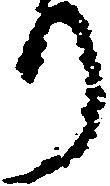
り